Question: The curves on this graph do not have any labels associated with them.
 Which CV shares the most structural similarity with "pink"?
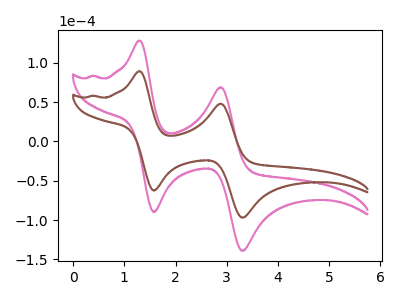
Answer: <think>The pink curve "pink" has anodic peaks at (1.30V, 128.25uA) (2.90V, 68.95uA) and cathodic peaks at (1.60V, -89.60uA) (3.30V, -139.05uA). The brown curve "brown" has anodic peaks at (1.30V, 89.30uA) (2.90V, 48.00uA) and cathodic peaks at (1.60V, -62.40uA) (3.30V, -96.80uA).
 All the peaks in "pink" have a peak in "brown" at the same potential. Every peak in "pink" is higher than every peak in "brown".</think>
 <answer>The CV with the most similar shape to "brown" is "pink".</answer>
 <eval>"pink"</eval>